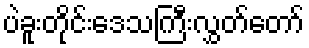
ပဲခူးတိုင်းဒေသကြီးလွှတ်တော်